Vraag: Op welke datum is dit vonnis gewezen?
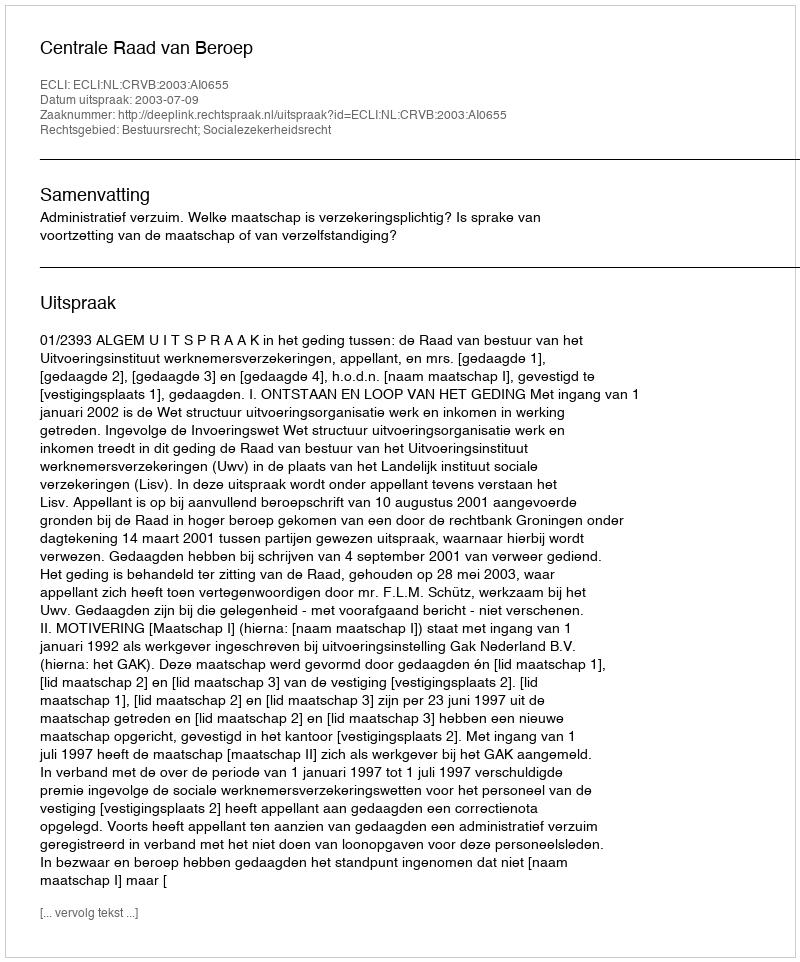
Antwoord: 2003-07-09